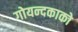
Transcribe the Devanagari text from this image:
गोयन्‍दकाको